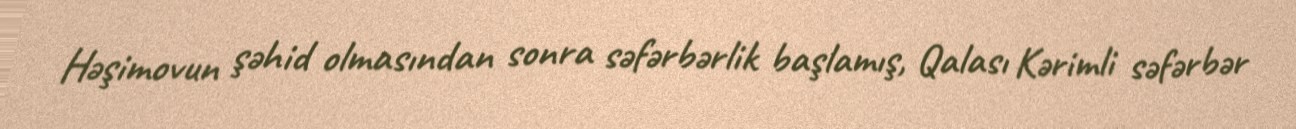
Həşimovun şəhid olmasından sonra səfərbərlik başlamış, Qalası Kərimli səfərbər